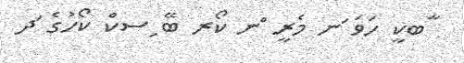
ާބކީ ހަވަ ަނ މެރީ ްނ ކޯރ ބޭ ިސކް ކޯހުގެ ަދ